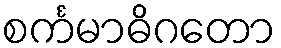
စင်္ကမာဓိဂတော